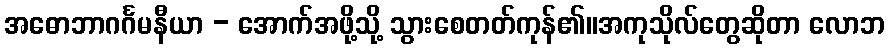
အဓောဘာဂင်္ဂမနီယာ - အောက်အဖို့သို့ သွားစေတတ်ကုန်၏။အကုသိုလ်တွေဆိုတာ လောဘ